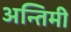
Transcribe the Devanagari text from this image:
अन्तिमी